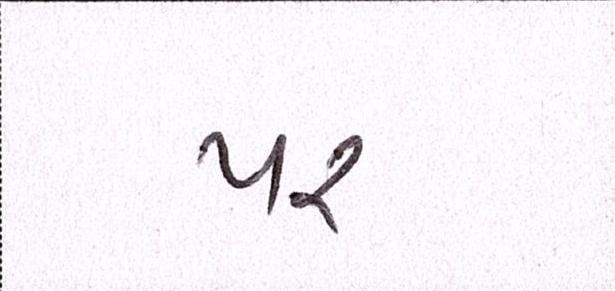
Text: પર